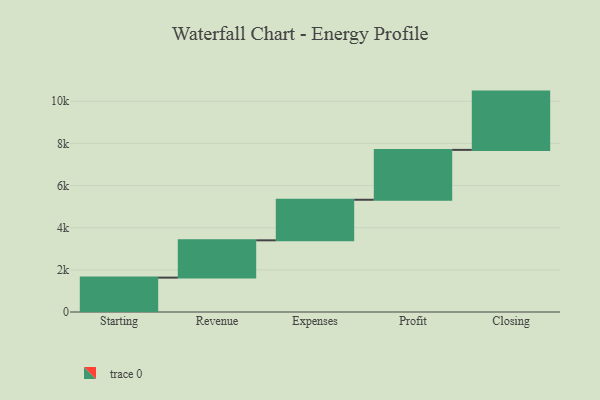
{"axis": {"x": "Step", "y": "Value"}, "legend": [""], "data": [{"x": "Starting", "y": 1631.0, "type": ""}, {"x": "Revenue", "y": 1770.0, "type": ""}, {"x": "Expenses", "y": 1925.0, "type": ""}, {"x": "Profit", "y": 2366.0, "type": ""}, {"x": "Closing", "y": 2765.0, "type": ""}]}